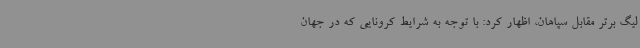
لیگ برتر مقابل سپاهان، اظهار کرد: با توجه به شرایط کرونایی که در جهان